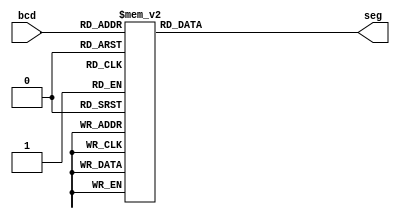
`timescale 1ns / 1ps
//////////////////////////////////////////////////////////////////////////////////
// Company: 
// Engineer: 
// 
// Design Name: 
// Module Name: BCD_to_cathodes
// Project Name: 
// Target Devices: 
// Tool Versions: 
// Description: 
// 
// Dependencies: 
// 
// Revision:
// Revision 0.01 - File Created
// Additional Comments:
// 
//////////////////////////////////////////////////////////////////////////////////


module BCD_to_cathodes(
    input [4:0] bcd,
    output reg [6:0]seg
    );
    
    always @(bcd) 
    begin 
        case (bcd) //          GFEDCBA
            5'b00000 : seg = 7'b1000000; //0
            5'b00001 : seg = 7'b1111001; //1
            5'b00010 : seg = 7'b0100100; //2
            5'b00011 : seg = 7'b0110000; //3
            5'b00100 : seg = 7'b0011001; //4
            5'b00101 : seg = 7'b0010010; //5
            5'b00110 : seg = 7'b0000010; //6
            5'b00111 : seg = 7'b1111000; //7
            5'b01000 : seg = 7'b0000000; //8
            5'b01001 : seg = 7'b0011000; //9
            
            5'b01010: seg = 7'b0001100; //P
            5'b01011: seg = 7'b0000111; //t
            5'b01100: seg = 7'b0010010; //S
            5'b01101: seg = 7'b0111111; //dash  
            
            5'b01110: seg = 7'b0000010; //G
            5'b01111: seg = 7'b1001000;//half M
            5'b10001: seg = 7'b0000110; //E
            5'b10010: seg = 7'b1000001 ; //V
            5'b10011: seg = 7'b0001000 ; //R
                            
            default : seg = 7'b1111111; //null
        endcase 
    end 
    
endmodule